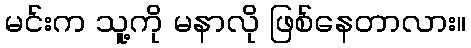
မင်းက သူ့ကို မနာလို ဖြစ်နေတာလား။